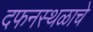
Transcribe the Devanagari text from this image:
दफनस्थळाचे